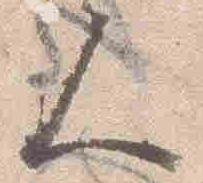
人